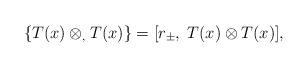
LaTeX: \begin{align*}\{ T(x) \otimes_, T(x) \} = [r_\pm, \; T(x) \otimes T(x) ],\end{align*}